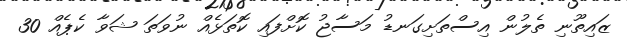
ޒައިތޫނި ތެލުން އިސްތަށިގަނޑު މަސާޖު ކޮށްފައި ކޮތަޅެއް ނުވަތަ ޝަވާ ކެޕެއް 30